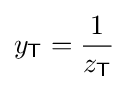
y_{\mathsf {T}}={\frac {1}{z_{\mathsf {T}}}}